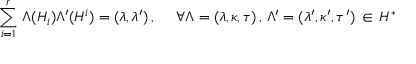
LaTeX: \sum _ { i = 1 } ^ { r } \, \Lambda ( H _ { i } ) \Lambda ^ { \prime } ( H ^ { i } ) = ( \lambda , \lambda ^ { \prime } ) \, , ~ ~ ~ ~ \forall \Lambda = ( \lambda , \kappa , \tau ) \, , \, \Lambda ^ { \prime } = ( \lambda ^ { \prime } , \kappa ^ { \prime } , \tau ^ { \prime } ) \, \in \, { \cal H } ^ { * }